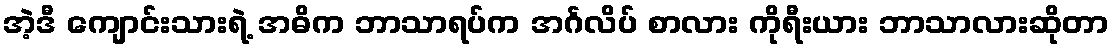
အဲ့ဒီ ကျောင်းသားရဲ့ အဓိက ဘာသာရပ်က အင်္ဂလိပ် စာလား ကိုရီးယား ဘာသာလားဆိုတာ